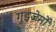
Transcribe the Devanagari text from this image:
गुइजेर्मो